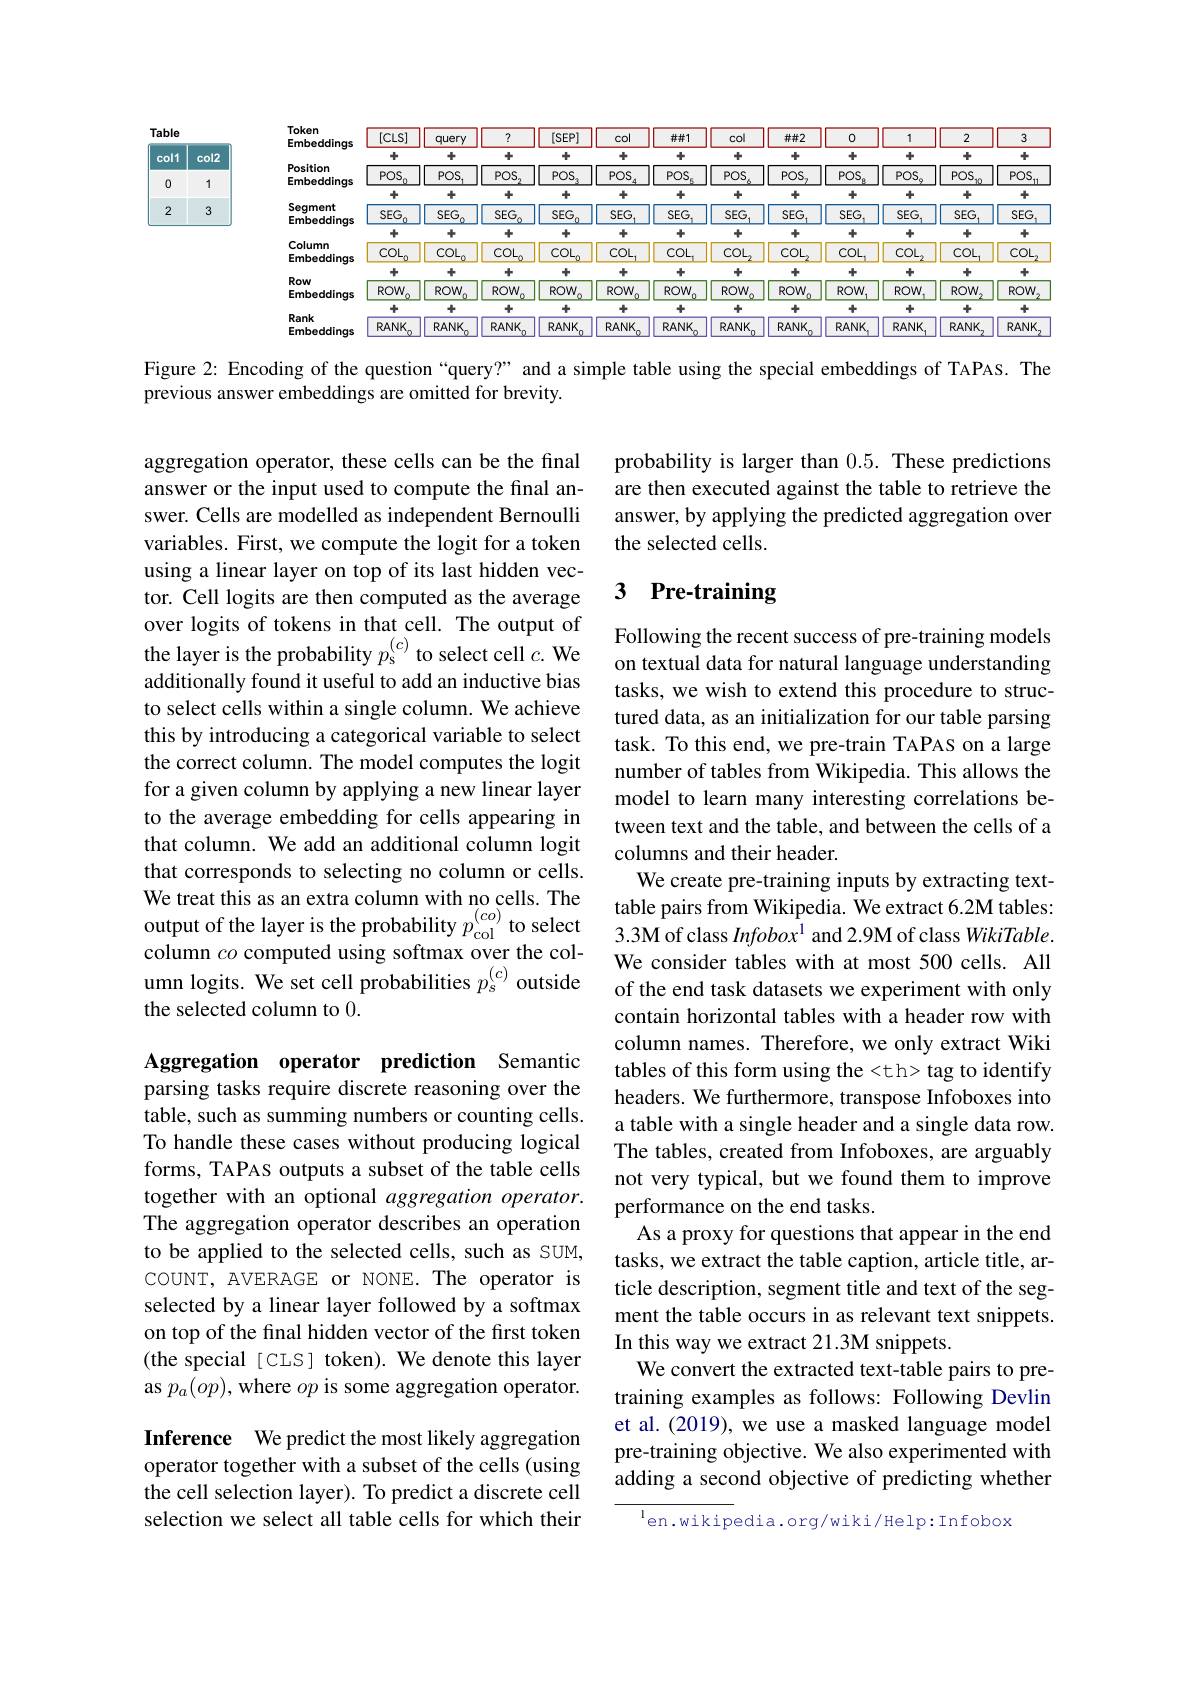
<FigureHere>

Figure 2: Encoding of the question “query?” and a simple table using the special embeddings of TAPAS. The
previous answer embeddings are omitted for brevity.

probability is larger than 0.5. These predictions are then executed against the table to retrieve the answer, by applying the predicted aggregation over the selected cells

### 3 Pre-training

aggregation operator, these cells can be the final answer or the input used to compute the final answer. Cells are modelled as independent Bernoulli variables. First, we compute the logit for a token using a linear layer on top of its last hidden vector. Cell logits are then computed as the average over logits of tokens in that cell. The output of the layer is the probability $p_\mathrm{s}^{(c)}$ to select cell $c.$ We Following the recent success of pre-tranıng modelsthe $x_{1}=0$ on textual data for natural language understanding
additionally found it useful to add an inductive bias to select cells within a single column. We achieve this by introducing a categorical variable to select the correct column. The model computes the logit for a given column by applying a new linear layer to the average embedding for cells appearing in that column. We add an additional column logit that corresponds to selecting no column or cells. We treat this as an extra column with no cells. The output of the layer is the probability $p_\mathrm{col}^{(co)}$ to select column $co$ computed using softmax over the column logits. We set cell probabilities $p_s^{(c)}$ outside the selected column to 0.

Following the recent success of pre-training models tasks, we wish to extend this procedure to structured data, as an initialization for our table parsing task. To this end, we pre-train TAPAS on a large number of tables from Wikipedia. This allows the model to learn many interesting correlations between text and the table, and between the cells of a columns and their header.
We create pre-training inputs by extracting texttable pairs from Wikipedia. We extract 6.2M tables: 3.3M of class Infobox$^{1}$ and 2.9M of class WikiTable. We consider tables with at most 500 cells. All of the end task datasets we experiment with only contain horizontal tables with a header row with column names. Therefore, we only extract Wiki tables of this form using the <th> tag to identify headers. We furthermore, transpose Infoboxes into a table with a single header and a single data row. The tables, created from Infoboxes, are arguably not very typical, but we found them to improve performance on the end tasks.
As a proxy for questions that appear in the end tasks, we extract the table caption, article title, article description, segment title and text of the segment the table occurs in as relevant text snippets. In this way we extract 21.3M snippets.
We convert the extracted text-table pairs to pretraining examples as follows: Following Devlin et al. (2019), we use a masked language model pre-training objective. We also experimented with adding a second objective of predicting whether
$^{\mathrm{l}}$en.wikipedia.org/wiki/Help:Infobox

Aggregation operator prediction Semantic parsing tasks require discrete reasoning over the table, such as summing numbers or counting cells. To handle these cases without producing logical forms, TAPAS outputs a subset of the table cells together with an optional aggregation operator. The aggregation operator describes an operation to be applied to the selected cells, such as SUM, COUNT, AVERAGE or NONE. The operator is selected by a linear layer followed by a softmax on top of the final hidden vector of the first token (the special [CLS] token). We denote this layer as $p_a(op)$,where $op$ is some aggregation operator. Inference We predict the most likely aggregation operator together with a subset of the cells (using

the cell selection layer). To predict a discrete cell selection we select all table cells for which their